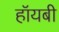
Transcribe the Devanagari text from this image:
हॉयबी